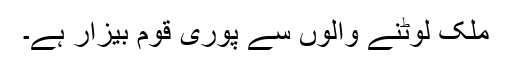
ملک لوٹنے والوں سے پوری قوم بیزار ہے۔